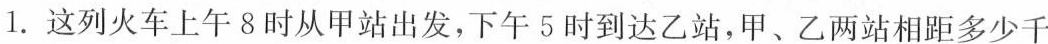
1.这列火车上午8时从甲站出发，下午5时到达乙站，甲、乙两站相距多少千